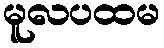
မူလပထမ